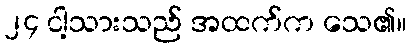
၂၄ ငါ့သားသည် အထက်က သေ၏။